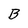
Character: B